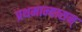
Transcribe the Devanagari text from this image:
प्रथमान्यासन्